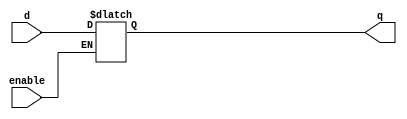
`timescale 1ns / 1ps

module D_latch #(parameter N = 4) (
    input enable,
    input [N-1:0] d, 
    output [N-1:0] q
    );

    reg [N-1:0] reg_out;

    always @* begin
        if (enable) begin
            reg_out <= d;
        end
    end

    assign q = reg_out;

endmodule